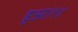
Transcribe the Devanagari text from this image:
हुआ।१४